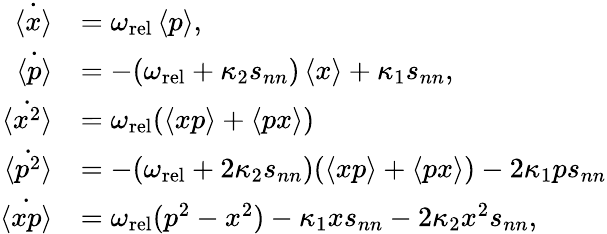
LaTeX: \begin{array}{rl}{\dot{\left\langle x\right\rangle}}&{=\omega_{\mathrm{rel}}\left\langle p\right\rangle,}\\ {\dot{\left\langle p\right\rangle}}&{=-(\omega_{\mathrm{rel}}+\kappa_{2}s_{nn})\left\langle x\right\rangle+\kappa_{1}s_{nn},}\\ {\dot{\left\langle x^{2}\right\rangle}}&{=\omega_{\mathrm{rel}}(\left\langle xp\right\rangle+\left\langle px\right\rangle)}\\ {\dot{\left\langle p^{2}\right\rangle}}&{=-(\omega_{\mathrm{rel}}+2\kappa_{2}s_{nn})(\left\langle xp\right\rangle+\left\langle px\right\rangle)-2\kappa_{1}ps_{nn}}\\ {\dot{\left\langle xp\right\rangle}}&{=\omega_{\mathrm{rel}}(p^{2}-x^{2})-\kappa_{1}xs_{nn}-2\kappa_{2}x^{2}s_{nn},}\end{array}